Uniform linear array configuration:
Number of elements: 32
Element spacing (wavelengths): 0.75
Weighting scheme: kaiser
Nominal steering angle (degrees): -45
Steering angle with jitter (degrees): -46.669
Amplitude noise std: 0.05
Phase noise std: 0.05

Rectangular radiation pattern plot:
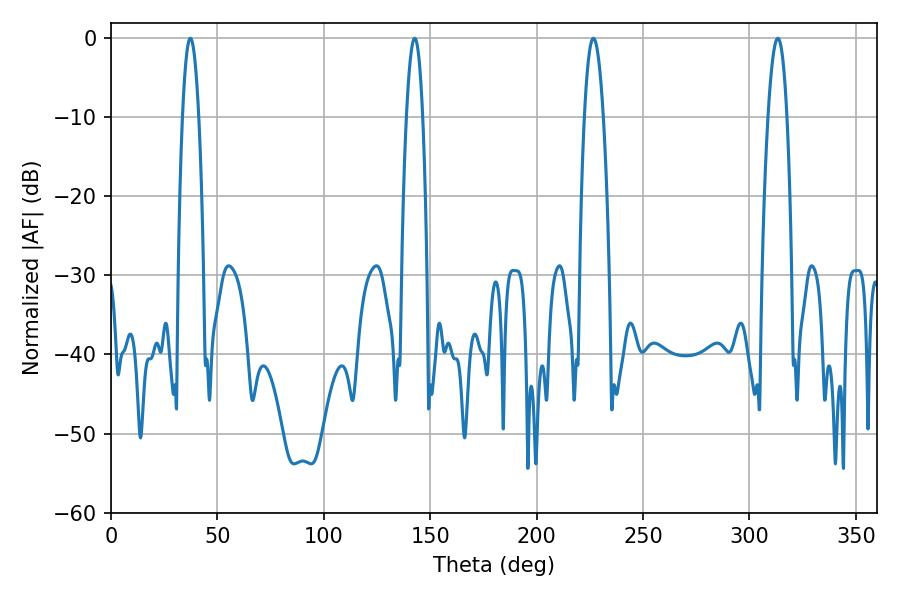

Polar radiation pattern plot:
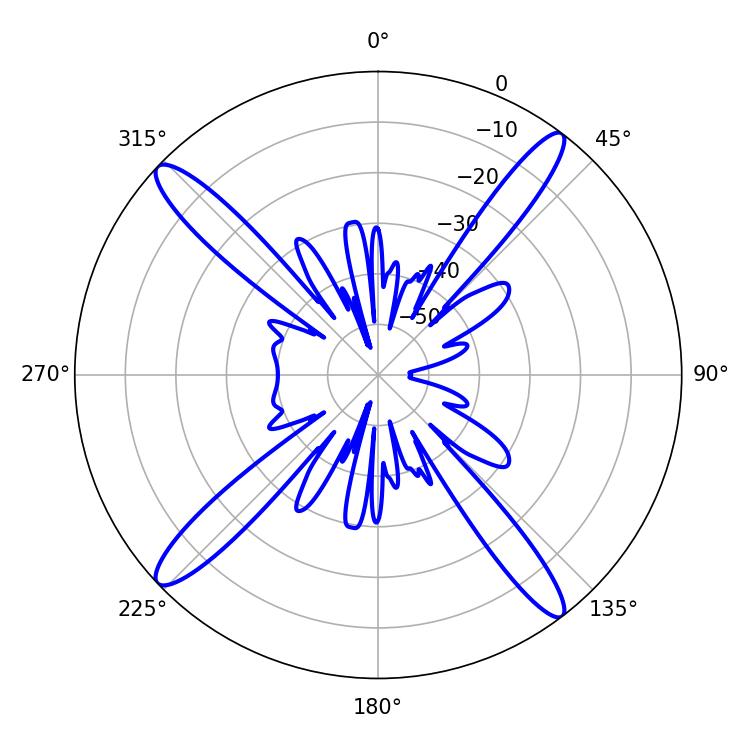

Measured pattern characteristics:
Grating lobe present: TRUE
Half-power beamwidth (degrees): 4.14
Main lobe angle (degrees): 37.26